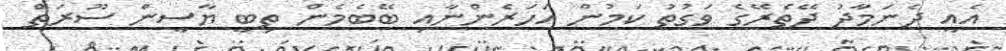
އެއީ ދެނަމާދު ދޭތެރޭގެ ވަގުތު ކަމުން އަހަރެންނާއި ބޭބެމެން ތިބީ ޔާސީން ސޫރަތް